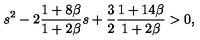
s ^ { 2 } - 2 \frac { 1 + 8 \beta } { 1 + 2 \beta } s + \frac { 3 } { 2 } \frac { 1 + 1 4 \beta } { 1 + 2 \beta } > 0 ,